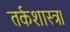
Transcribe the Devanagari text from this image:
तर्कशास्त्र।